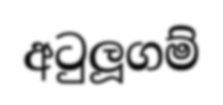
අටුලූගම්